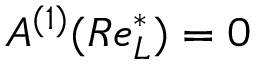
A ^ { ( 1 ) } ( R e _ { L } ^ { * } ) = 0